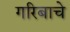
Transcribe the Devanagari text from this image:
गरिबाचे